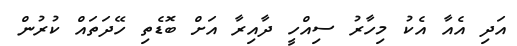
އަދި އެއާ އެކު މިހާރު ސިއްހީ ދާއިރާ އަށް ބޮޑެތި ހޭދަތައް ކުރުން